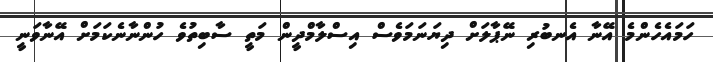
ހަމައެެހެންމެ އޭނާ އެނބުރި ނޭޕާލަށް ދިޔަނަމަވެސް އިސްލާމްދީން މަތީ ސާބިތުވެ ހުންނާނެކަމަށް އޭނާވަނީ